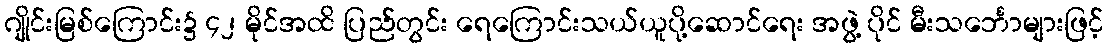
ဂျိုင်းမြစ်ကြောင်း၌ ၄၂ မိုင်အထိ ပြည်တွင်း ရေကြောင်းသယ်ယူပို့ဆောင်ရေး အဖွဲ့ ပိုင် မီးသင်္ဘောများဖြင့်